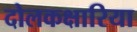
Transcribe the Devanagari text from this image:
दोलकक्षारिया